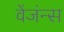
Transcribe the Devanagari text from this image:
वेंजंन्स